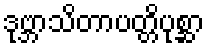
ဒုဗ္ဘာသိတာပတ္တိပုစ္ဆာ